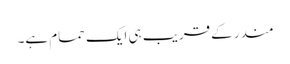
مندر کے قریب ہی ایک حمام ہے۔